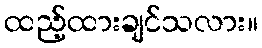
ထည့်ထားချင်သလား။